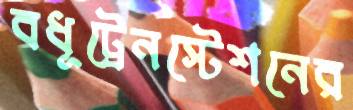
বধূট্রেনস্টেশনের